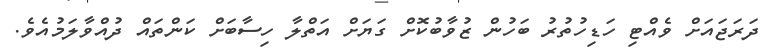
ދަރަޖައަށް ވެއްޓި ހަޑިހުތުރު ބަހުން ޒުވާބުކޮށް ގަޔަށް އަތްލާ ހިސާބަށް ކަންތައް ދުއްވާލަމުއެވެ.